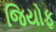
જિયોફ